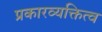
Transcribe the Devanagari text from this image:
प्रकारव्यक्तित्व